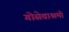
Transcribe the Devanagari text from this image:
गोसेवाश्रमो